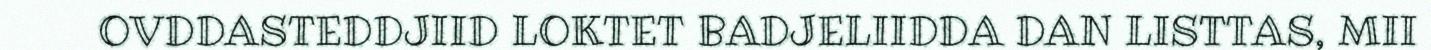
OVDDASTEDDJIID LOKTET BADJELIIDDA DAN LISTTAS, MII